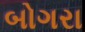
બોગરા